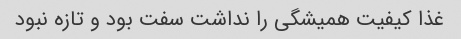
غذا کیفیت همیشگی را نداشت سفت بود و تازه نبود